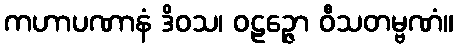
ကဟာပဏာနံ ဒိဝသ၊ ဝဠဉ္ဇော ဝီသတမ္ဗဏံ။